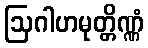
ဩဂါဟမုတ္တိဏ္ဏံ